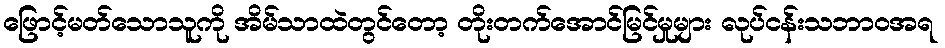
ဖြောင့်မတ်သောသူကို အိမ်သာထဲတွင်တော့ တိုးတက်အောင်မြင်မှုများ လုပ်ငန်းသဘာဝအရ